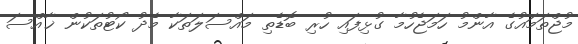
މުޖްތަމައުގެ އާންމު ހަމަޖެހުމާ ގުޅިފައި ހުރި ބޮޑެތި މައްސަލަތަކާ މެދު ކޯޓުތަކުން ޚާއްސަ